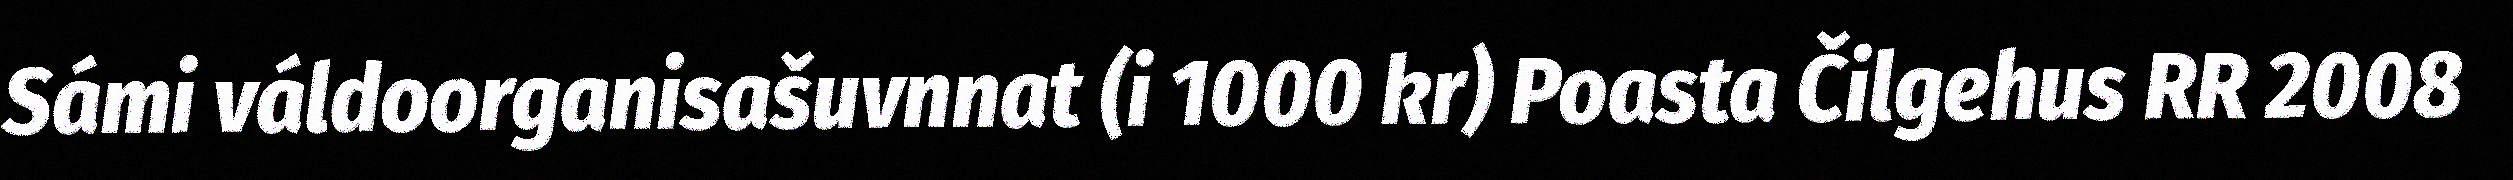
Sámi váldoorganisašuvnnat (i 1000 kr) Poasta Čilgehus RR 2008